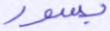
بسور